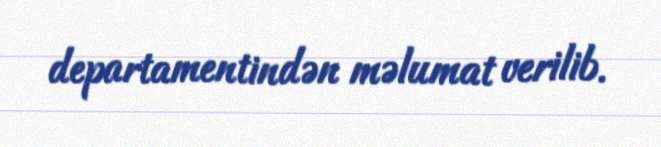
departamentindən məlumat verilib.